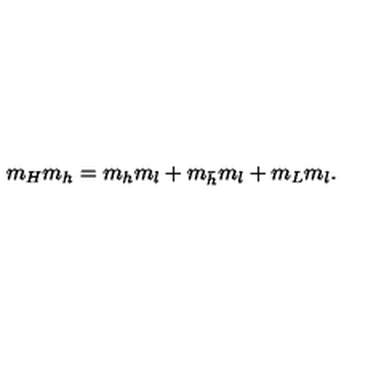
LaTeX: m _ { H } m _ { h } = m _ { h } m _ { l } + m _ { { \bar { h } } } m _ { l } + m _ { L } m _ { l } .